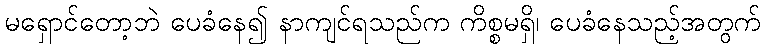
မရှောင်တော့ဘဲ ပေခံနေ၍ နာကျင်ရသည်က ကိစ္စမရှိ၊ ပေခံနေသည့်အတွက်